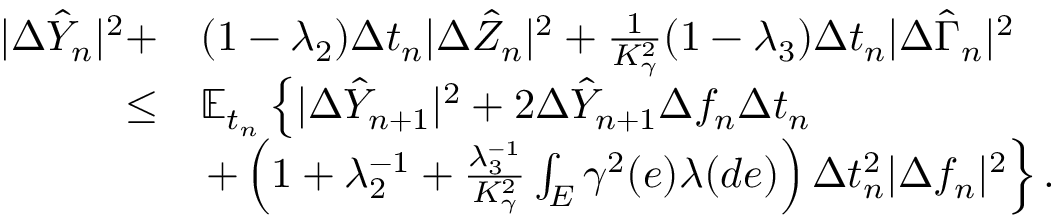
\begin{array} { r } { \begin{array} { r l } { | \Delta \hat { Y } _ { n } | ^ { 2 } + } & { ( 1 - \lambda _ { 2 } ) \Delta t _ { n } | \Delta \hat { Z } _ { n } | ^ { 2 } + \frac { 1 } { K _ { \gamma } ^ { 2 } } ( 1 - \lambda _ { 3 } ) \Delta t _ { n } | \Delta \hat { \Gamma } _ { n } | ^ { 2 } } \\ { \leq } & { \mathbb { E } _ { t _ { n } } \left\{ | \Delta \hat { Y } _ { n + 1 } | ^ { 2 } + 2 \Delta \hat { Y } _ { n + 1 } \Delta f _ { n } \Delta t _ { n } \right. } \\ & { \left. + \left( 1 + \lambda _ { 2 } ^ { - 1 } + \frac { \lambda _ { 3 } ^ { - 1 } } { K _ { \gamma } ^ { 2 } } \int _ { E } \gamma ^ { 2 } ( e ) \lambda ( d e ) \right) \Delta t _ { n } ^ { 2 } | \Delta f _ { n } | ^ { 2 } \right\} . } \end{array} } \end{array}